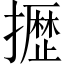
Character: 𫾐